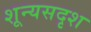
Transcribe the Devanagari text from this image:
शून्यसदृश